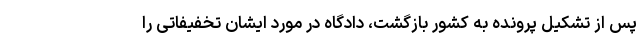
پس از تشکیل پرونده به کشور بازگشت، دادگاه در مورد ایشان تخفیفاتی را